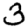
Digit: 3